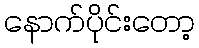
နောက်ပိုင်းတော့